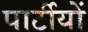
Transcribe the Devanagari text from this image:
पार्टीयों